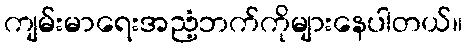
ကျမ်းမာရေးအညံ့ဘက်ကိုများနေပါတယ်။